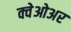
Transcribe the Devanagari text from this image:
क्वेओअर